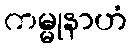
ကမ္မုနာဟံ